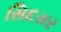
સિદસર